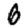
Digit: 6